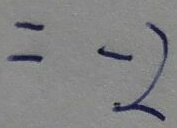
= - 2